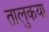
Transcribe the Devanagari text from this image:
तालुकया